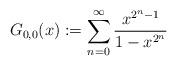
LaTeX: \begin{align*}G_{0,0}(x):=\sum_{n=0}^{\infty}\frac{x^{2^{n}-1}}{1-x^{2^{n}}}\end{align*}